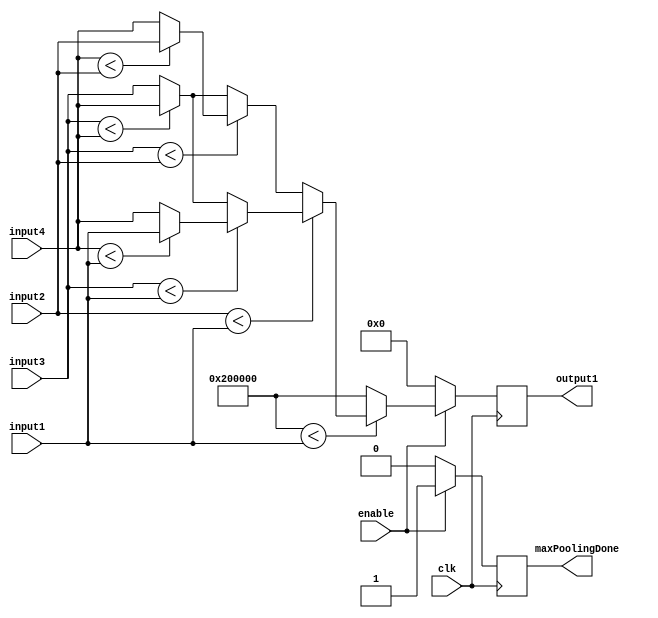
/*
	Author: Aniket Badhan
	Description: Max Pooling implementation (to find out the max of the 4 inputs of 2X2 sub matrix	)
*/

`timescale 1ns / 1ps

module maxPooling(
    input clk,
	input [21:0] input1,
	input [21:0] input2,
	input [21:0] input3,
	input [21:0] input4,
	input enable,
    output reg signed [21:0] output1,
	output reg maxPoolingDone
    );
	
	reg [21:0] initialMax = 22'b1000000000000000000000;
	reg [21:0] tempOutput;
	
	always @ (posedge clk) begin
		if(enable) begin
			if($signed(initialMax) < $signed(input1)) begin
				if($signed(input2) < $signed(input1)) begin
					if($signed(input3) < $signed(input1)) begin
						if($signed(input4) < $signed(input1)) begin
							output1 <= input1;
							maxPoolingDone <= 1;
						end
						else begin
							output1 <= input4;
							maxPoolingDone <= 1;
						end
					end
					else begin
						if($signed(input3) < $signed(input4)) begin
							output1 <= input4;
							maxPoolingDone <= 1;
						end
						else begin
							output1 <= input3;
							maxPoolingDone <= 1;
						end
					end
				end
				else begin
					if($signed(input3) < $signed(input2)) begin
						if($signed(input4) < $signed(input2)) begin
							output1 <= input2;
							maxPoolingDone <= 1;
						end
						else begin
							output1 <= input4;
							maxPoolingDone <= 1;
						end
					end
					else begin
						if($signed(input3) < $signed(input4)) begin
							output1 <= input4;
							maxPoolingDone <= 1;
						end
						else begin
							output1 <= input3;
							maxPoolingDone <= 1;
						end
					end
				end
			end
			else begin
				output1 <= initialMax;
				maxPoolingDone <= 1;
			end
		end
		else begin
			output1 <= 0;
			maxPoolingDone <= 0;
		end
	end


endmodule